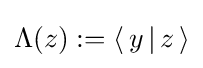
\Lambda (z):=\langle \,y\,|\,z\,\rangle